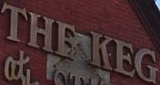
THE KEG